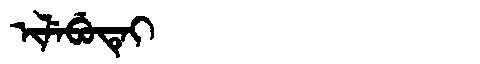
Manchu: ᡳᠯᡝᠪᡠᡨᡝᡳ
Romanization: ILEBUTEI